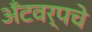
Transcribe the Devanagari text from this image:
अँटवर्पचे